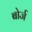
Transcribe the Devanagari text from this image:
बोर्ज